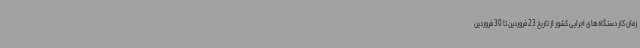
زمان کار دستگاه‌های اجرایی کشور از تاریخ 23 فروردین تا 30 فروردین